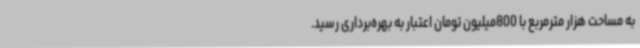
به مساحت هزار مترمربع با 800میلیون تومان اعتبار به بهره‌برداری رسید.